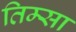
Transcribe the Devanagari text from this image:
तिम्सा